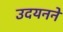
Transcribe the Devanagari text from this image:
उदयनने